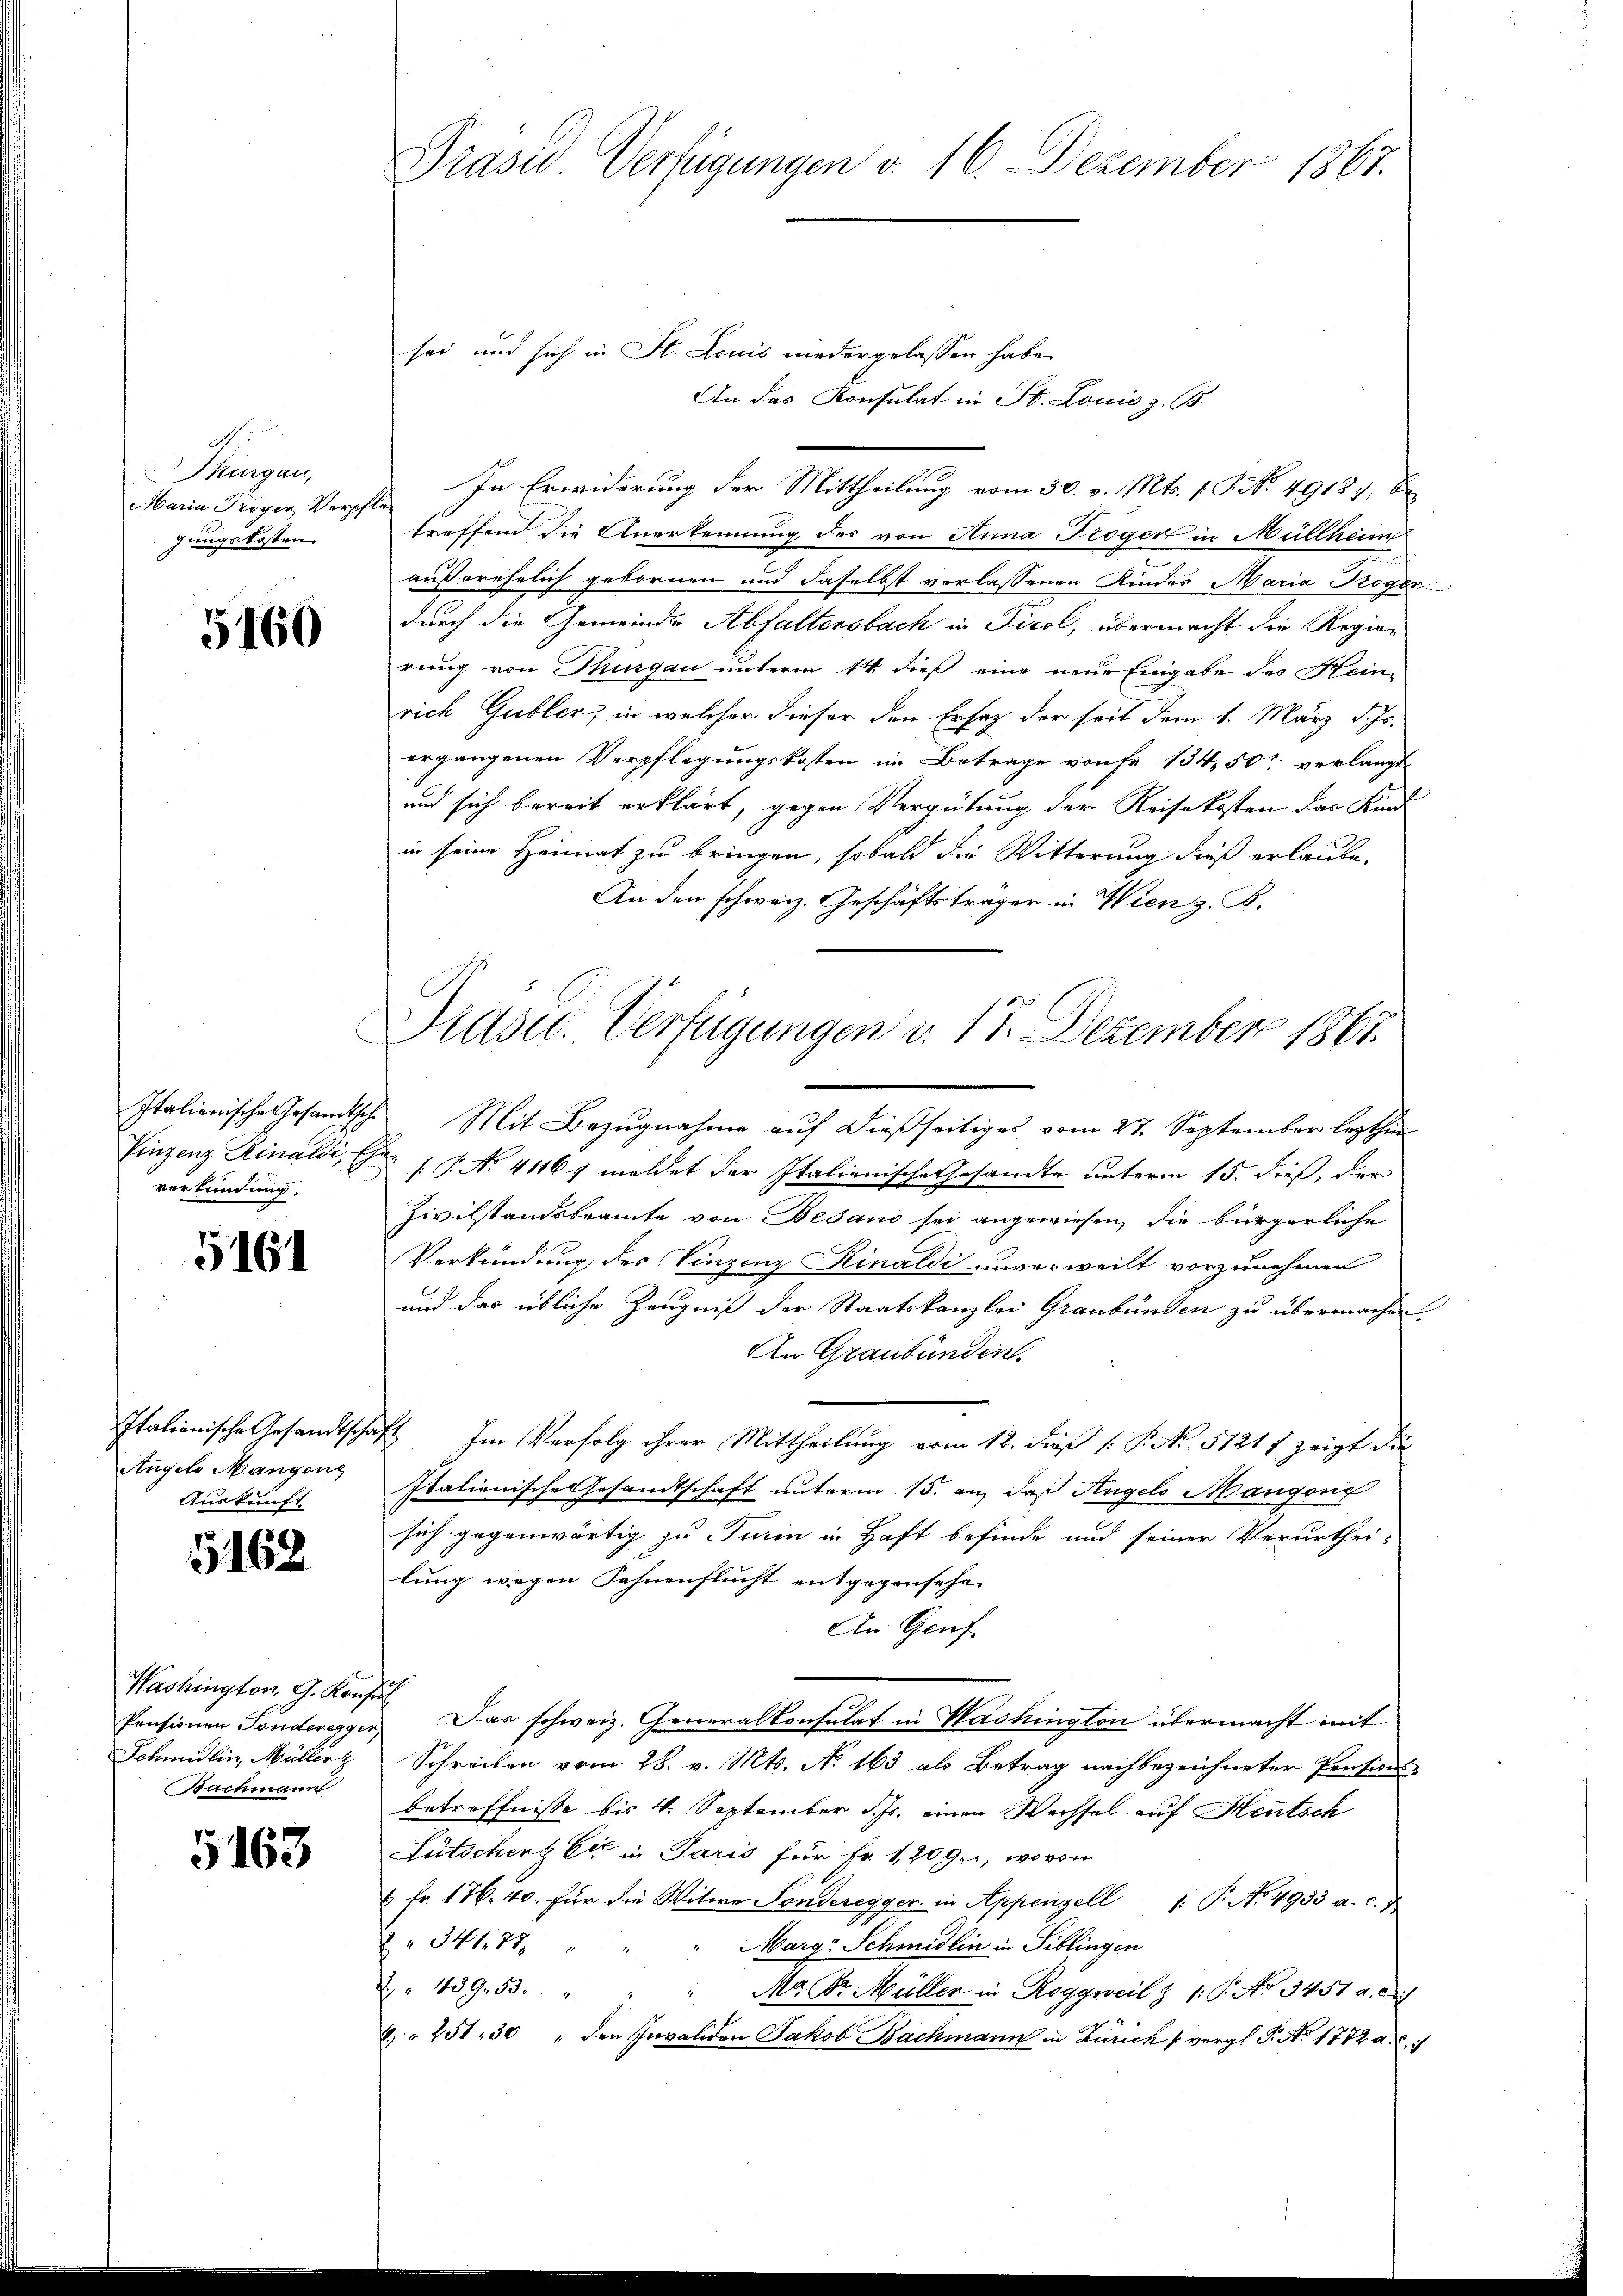
Thurgau,
Maria Troger Verpf
gungskosten.

5160

verkündung.

5161

Angelo Mangeng
Auskunft

5162

Washington G. Konsul
Schmidlin, Müller
Bachmann

5163

Praser Verfügungen d. 16. Dezember 1867.

sei und sich in St. Louis niedergelassen habe.
An das Konsulat in St. Louis z. B.
treffend die Anerkennung des von Anna Tröger in Müllheim
außerehelich gebornen und daselbst verlassenen Kindes Maria Koger
durch die Gemeinde Abfaltensbach in Tirol, übermacht die Regierung von Thurgau unterm 14. dieß eine neue Eingabe des Hein-
rich Gubler, in welcher dieser den Ersatz der seit dem 1. März d. Js.
ergangenen Verpflegungskosten im Betrage vonse 134, 50 verlangt
und sich bereit erklärt, gegen Vergütung der Reisekosten das Kind
in seine Heimat zu bringen, sobald die Witterung dieß erlaube
An den schweiz. Geschäftsträger in Wien z. B.
Italienische Gesandtsche Mit Bezŭgnahme aŭf dießseitiges vom 27. September lezthin
Einzenz Rinaldi, P. No. 41167 meldet der Italienische Gesandte unterm 15. dieß, der
Zivilstandsbeamte von Bedano sei angewiesen, die bürgerliche
Verkündung des Vinzenz Rinaldi unverweilt vorzunehmen
und das übliche Zeugniß der Staatskanzlei Graubünden zu übermachen
An Graubünden.
Italienische Gesandtschaft Im Verfolg ihrer Mittheilung vom 12. dieß (: P. No. 51217 zeigt die
Italienische Gesandtschaft unterm 15. an, daß Angels Mangeng
sich gegenwärtig zu Turin in Haft befinde und seiner Verurthei-
lung wegen Fahnenflucht entgegensehe
An Genf
Pensionen Tondereggen) Das schweiz. Generalkonsulat in Washington übermacht mit
Schreiben vom 28. v. Mts. No 163 als Betrag nachbezeichneter Pensions-
betreffnisse bis 4. September d. Js. einen Wechsel auf Heutsch
Lütschert Cie in Paris für Fr. 1,209., wovon
 fr. 176. 40. für die Witwe Sonderegger in Appenzell /: P. No. 4933 a. c. f
34188
Marg-Schmidlin in Tiblingen
 " 439. 53.
Ma Dr. Müller in Roggweil & 16. No 3451 a. 2)
x 251. 30 " den Invaliden Jakob Bachmann in Zürich vergl. P. Nr. 1772 a

In Erwiderung der Mittheilung vom 30. v. Mts. 1. P. No. 49187, be¬

Didsu. Verfügungen d. 17. Dezember 1867.